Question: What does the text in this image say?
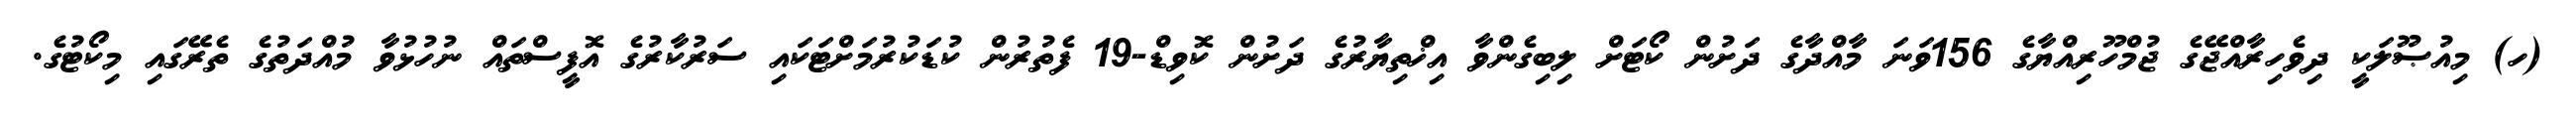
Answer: (ހ) މިއުޞޫލަކީ ދިވެހިރާއްޖޭގެ ޖުމްހޫރިއްޔާގެ 156ވަނަ މާއްދާގެ ދަށުން ކޯޓަށް ލިބިގެންވާ އިޚްތިޔާރުގެ ދަށުން ކޮވިޑް-19 ފެތުރުން ކުޑަކުރުމަށްޓަކައި ސަރުކާރުގެ އޮފީސްތައް ނުހުޅުވާ މުއްދަތުގެ ތެރޭގައި މިކޯޓުގެ.